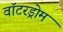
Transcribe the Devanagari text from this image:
वॉटरड्रोम